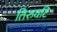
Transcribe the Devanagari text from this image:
तिरुवटि